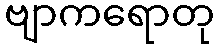
ဗျာကရောတု